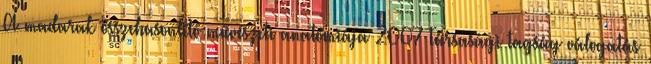
A madarak összehasonlító művészeti anatómiája 2007 Társasági tagság válogatás